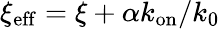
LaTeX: \xi_{\mathrm{eff}}=\xi+\alpha k_{\mathrm{on}}/k_{0}